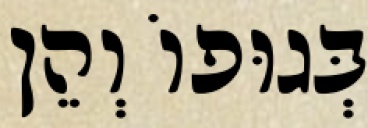
בְּגוּפוֹ וְהֵן